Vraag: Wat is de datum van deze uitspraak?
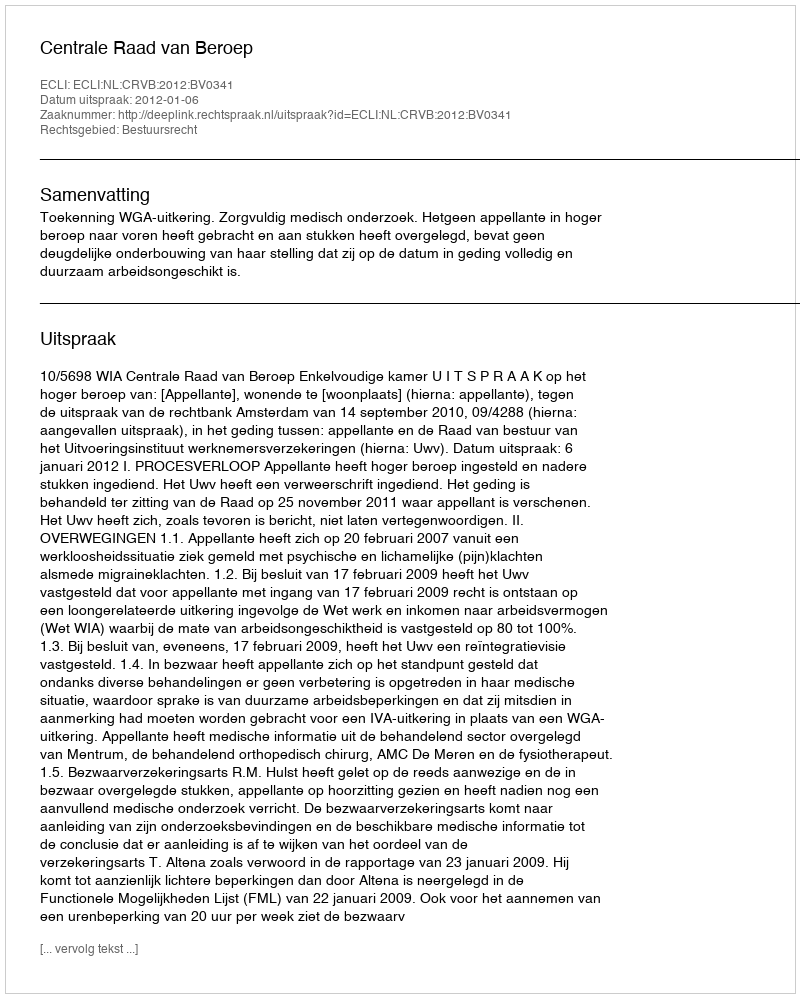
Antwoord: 2012-01-06